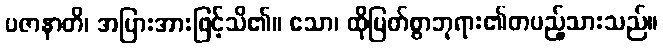
ပဇာနာတိ၊ အပြားအားဖြင့်သိ၏။ သော၊ ထိုမြတ်စွာဘုရား၏တပည့်သားသည်။